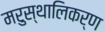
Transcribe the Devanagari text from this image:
मरुस्थालिकर्ण